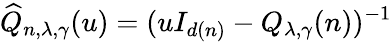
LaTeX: \widehat{Q}_{n,\lambda,\gamma}(u)=(uI_{d(n)}-Q_{\lambda,\gamma}(n))^{-1}